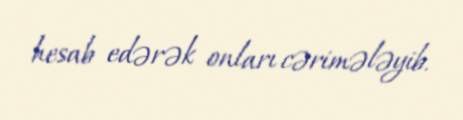
hesab edərək onları cərimələyib.